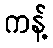
ကန့်